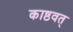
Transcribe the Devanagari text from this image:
काष्ठवत्